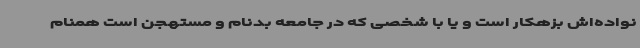
نواده‌اش بزهکار است و یا با شخصی که در جامعه بدنام و مستهجن است همنام